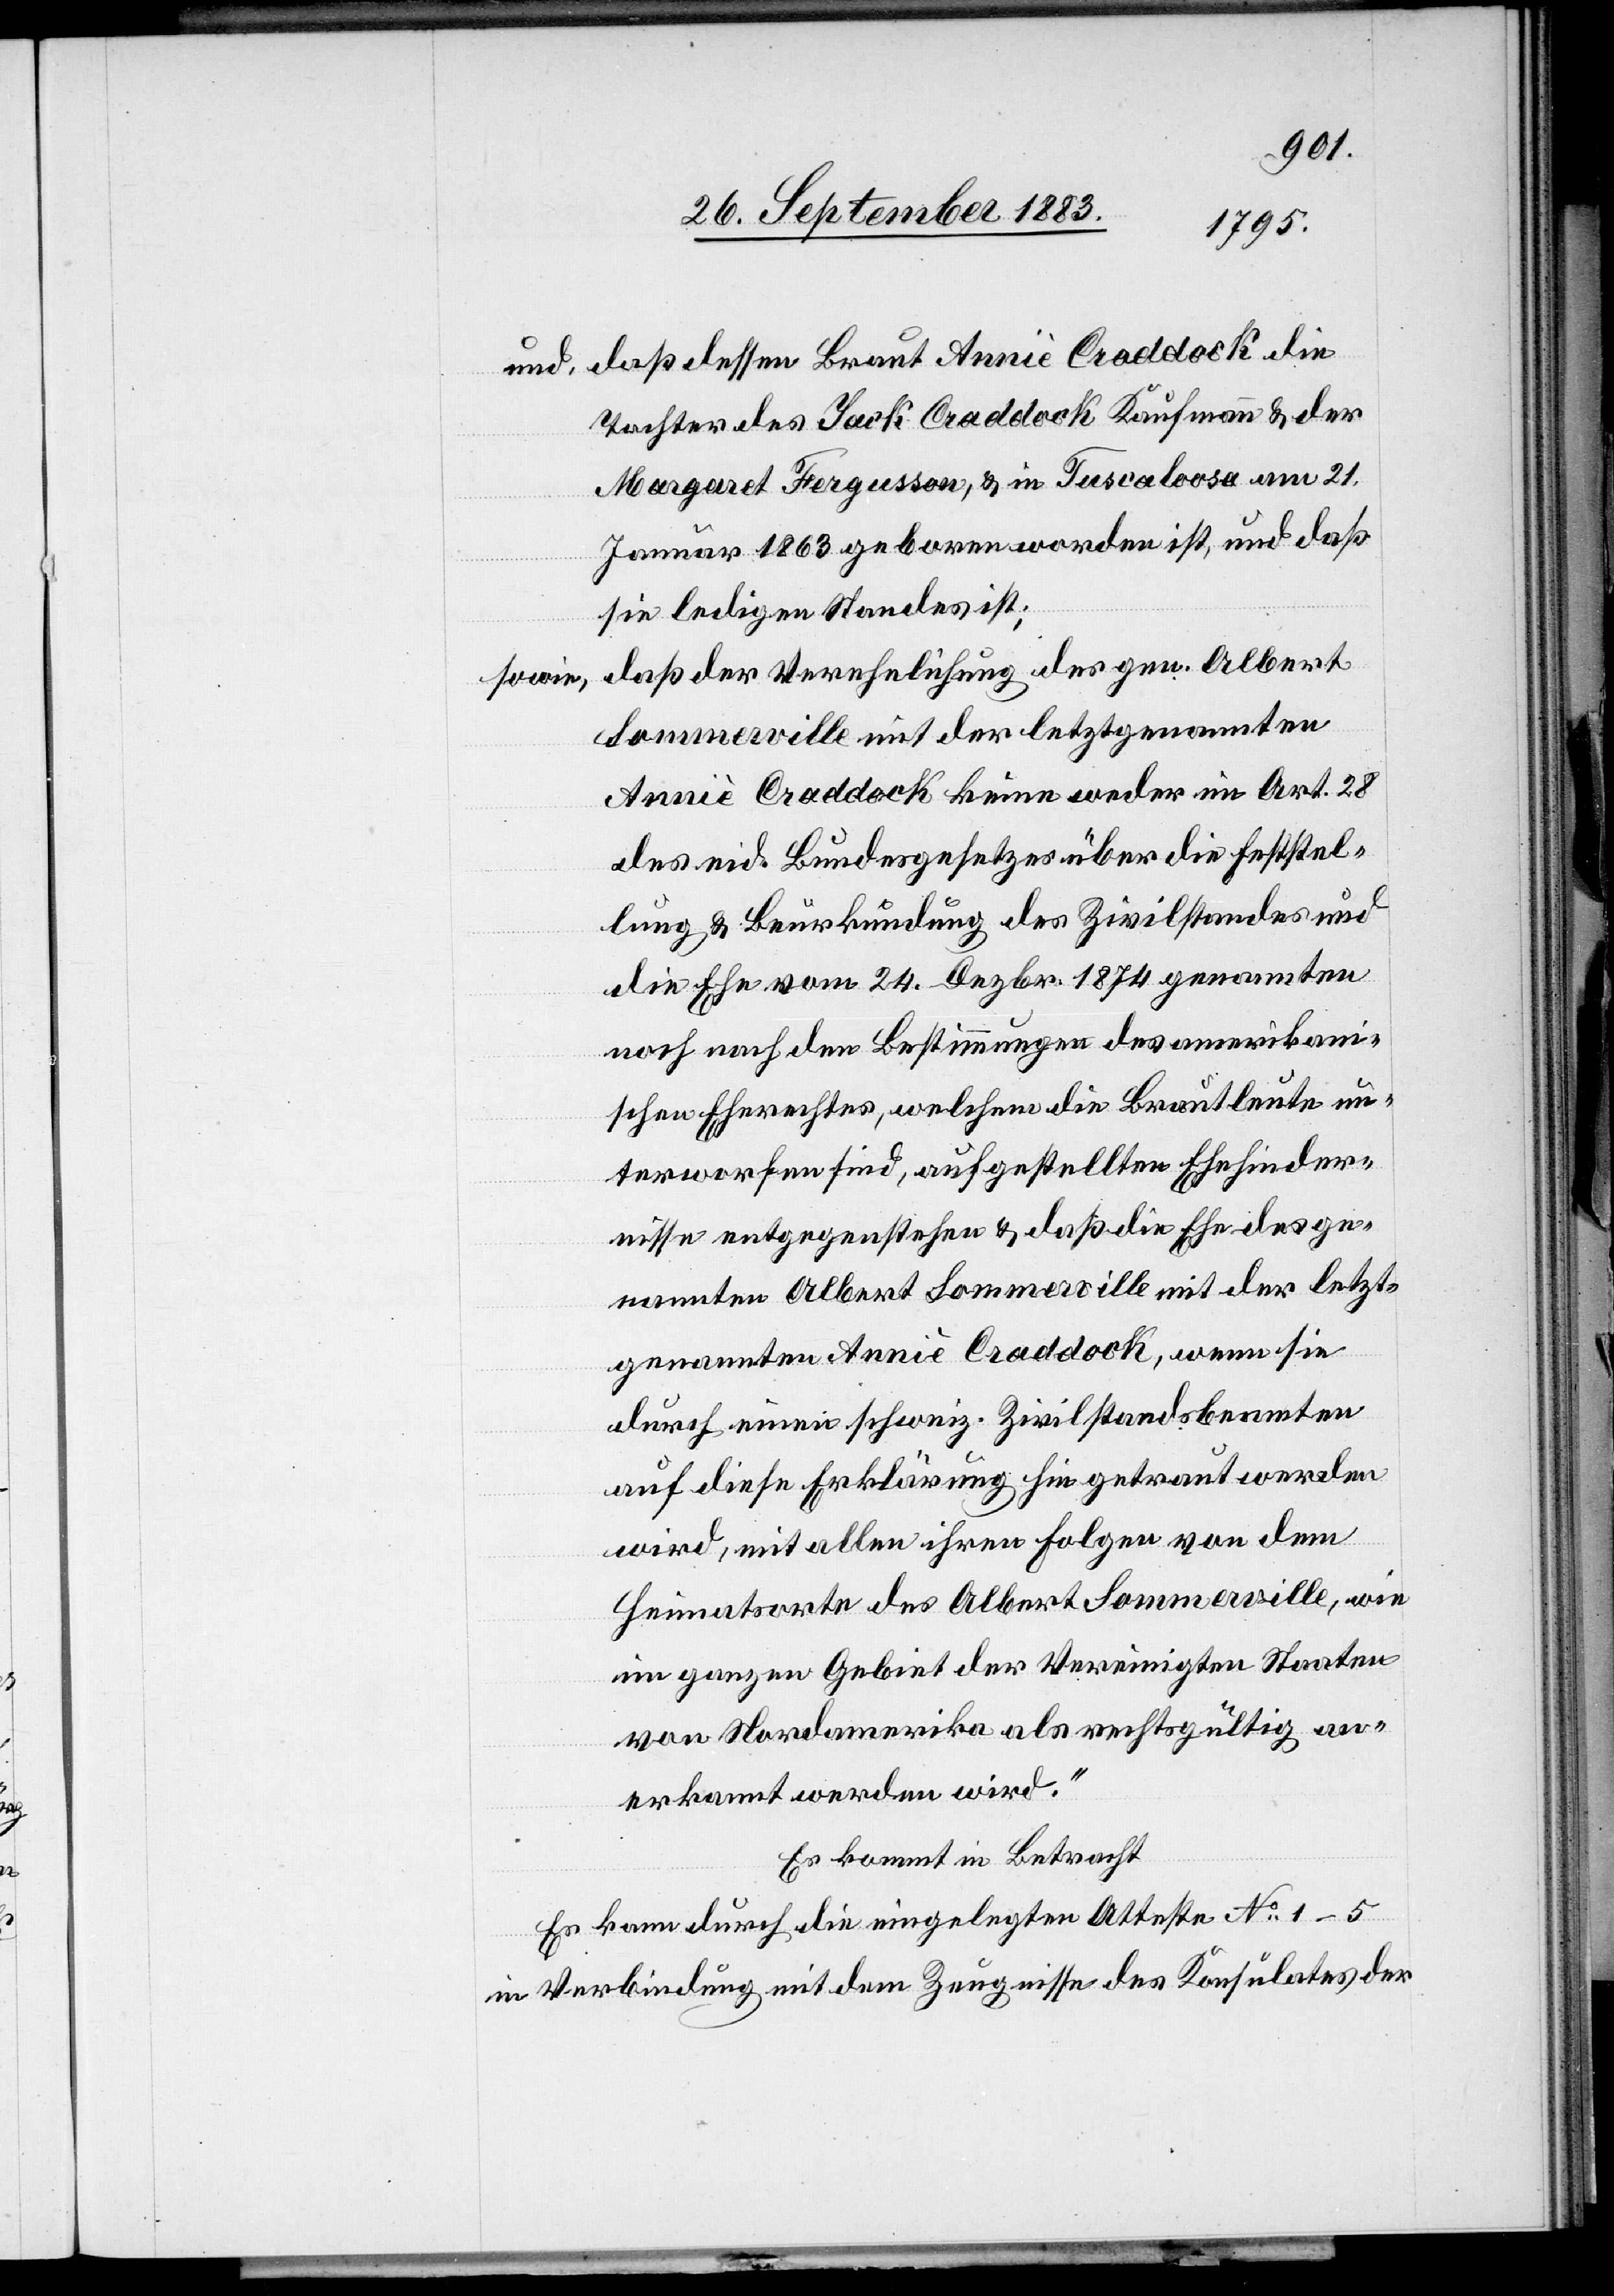
und, daß dessen Braut Anniè Craddock die
Tochter des Jack Craddock Kaufmann & der
Margaret Fergusson, & in Tuscaloosa am 21.
Januar 1863 geboren worden ist, und daß
sie ledigen Standes ist;
daß der Verehelichung des gen. Albert
sowie,
Sommerville mit der letztgenannten
Anniè Craddock keine weder im Art. 28
des eid. Bundesgesetzes über die Feststel¬
lung & Beurkundung des Zivilstandes und
die Ehe vom 24. Dezbr. 1874 genannten
noch nach den Bestimmungen des amerikani¬
schen Eherechtes, welchem die Brautleute un¬
terworfen sind, aufgestellten Ehehinder¬
nisse entgegenstehen & daß die Ehe des ge¬
nannten Albert Sommerville mit der letzt¬
genannten Anniè Craddock, wenn sie
durch einen schweiz. Zivilstandsbeamten
auf diese Erklärung hin getraut werden
wird, mit allen ihren Folgen von dem
Heimatsorte des Albert Sommerville, wie
im ganzen Gebiet der Vereinigten Staaten
von Amerika als rechtsgültig an¬
erkannt werden wird.“
Es kommt in Betracht:
Es kann durch die eingelegten Atteste No 1–5
in Verbindung mit dem Zeugnisse des Konsulates der